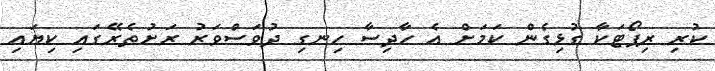
ކުރި ރިޕޯޓަކާ ގުޅިގެން ކަމަށް އެ ހާދިސާ ހިނގި ދުވަސްވަރު ރަށުތެރޭގައި ކިޔައި